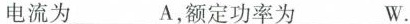
电流为___A，额定功率为___W。